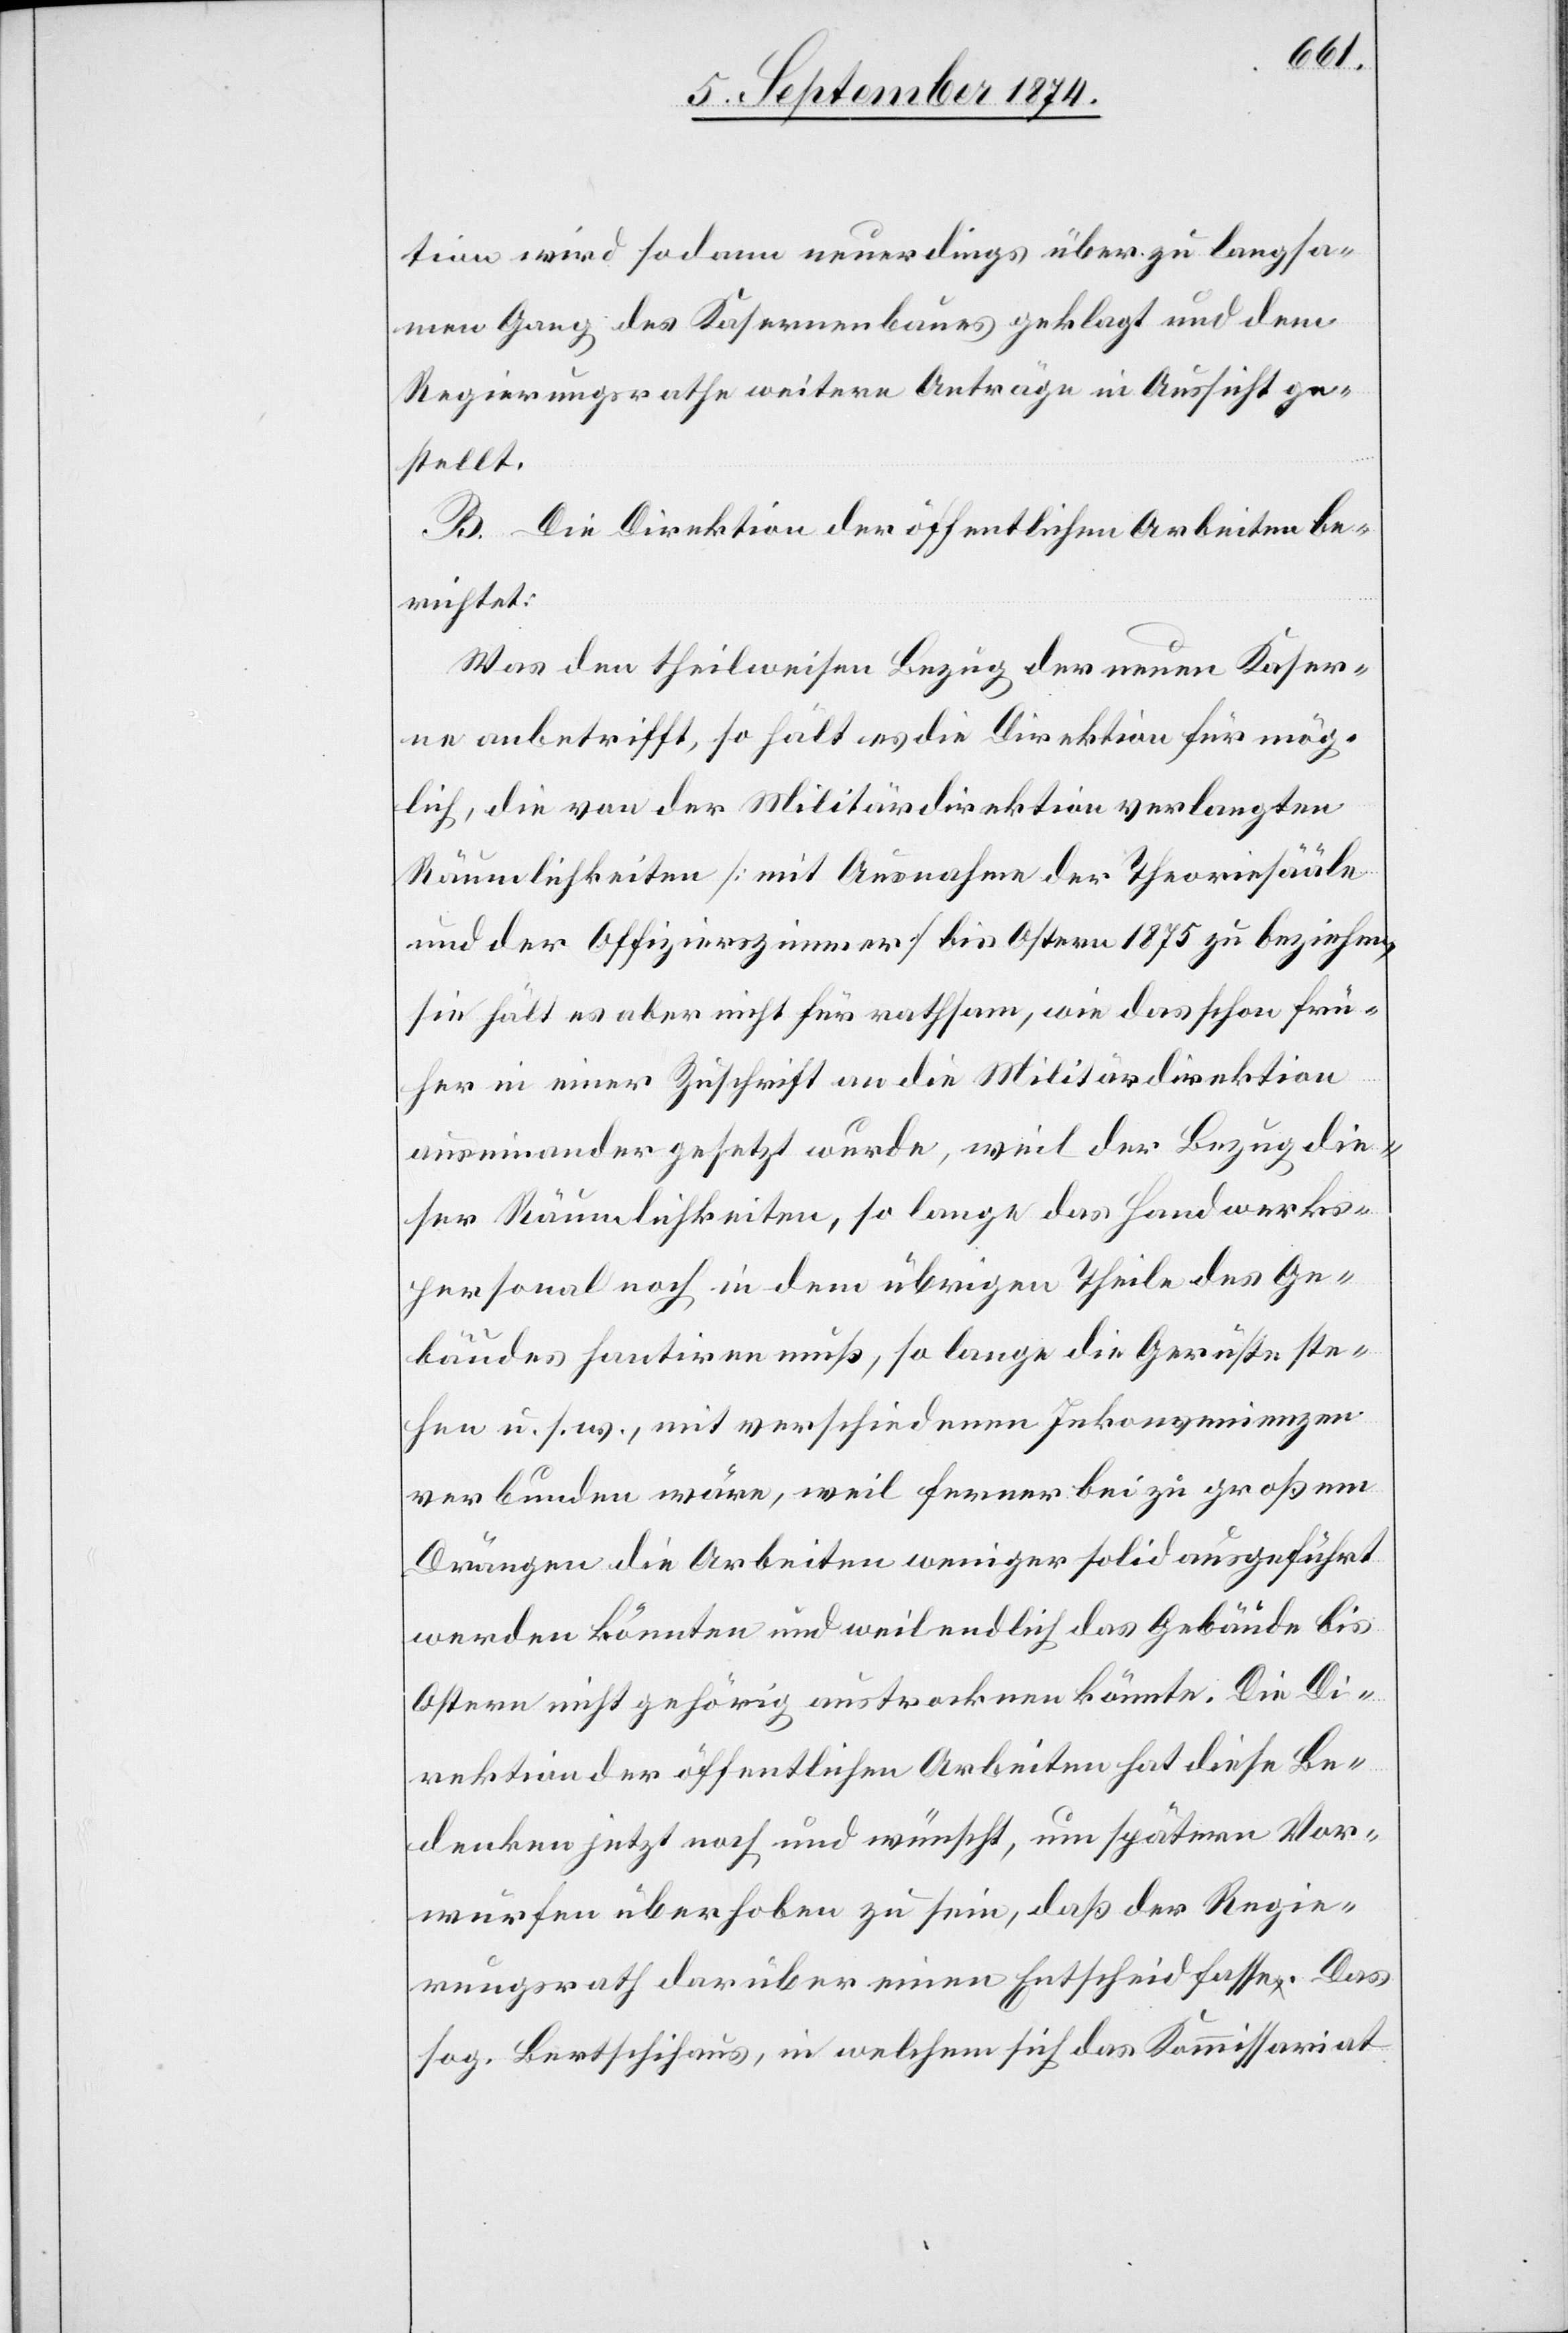
tion wird sodann neuerdings über zu langsa¬
men Gang des Kasernenbaues geklagt und dem
Regierungsrathe weitere Anträge in Aussicht ge¬
stellt.
B. Die Direktion der öffentlichen Arbeiten be¬
richtet:
Was den theilweisen Bezug der neuen Kaser¬
ne anbetrifft, so hält es die Direktion für mög¬
lich, die von der Militärdirektion verlangten
Räumlichkeiten [mit Ausnahme der Theoriesäle
und der Offizierszimmer] bis Ostern 1875 zu beziehen,
sie hält es aber nicht für rathsam, wie das schon frü¬
her in einer Zuschrift an die Militärdirektion
auseinandergesetzt wurde, weil der Bezug die¬
ser Räumlichkeiten, so lange das Handwerks¬
personal noch in dem übrigen Theile des Ge¬
bäudes hantiren muß, so lange die Gerüste ste¬
hen u. s. w., mit verschiedenen Inkonvenienzen
verbunden wäre, weil ferner bei zu großem
Drängen die Arbeiten weniger solid ausgeführt
werden könnten und weil endlich das Gebäude bis
Ostern nicht gehörig austrocknen könnte. Die Di¬
rektion der öffentlichen Arbeiten hat diese Be¬
denken jetzt noch und wünscht, um spätern Vor¬
würfen überhoben zu sein, daß der Regie¬
rungsrath darüber einen Entscheid fasse. Das
sog. Bertschihaus, in welchem sich das Kommissariat